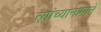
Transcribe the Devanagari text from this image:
त्यांच्यानावाने